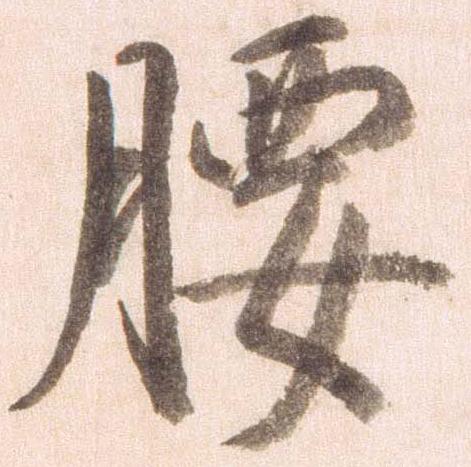
腰